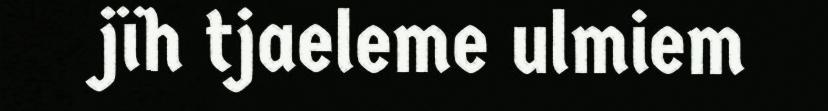
jïh tjaeleme ulmiem